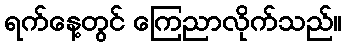
ရက်နေ့တွင် ကြေညာလိုက်သည်။